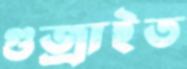
গুজ্‌রাইত